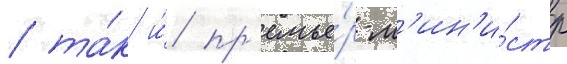
/ та́к и́ пр'емье́р-м'ин'и́стр